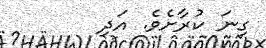
ގިނަ ކުރާށެވެ. އަދި